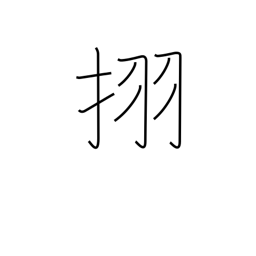
Meaning: Japanese horse chestnut